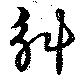
斛